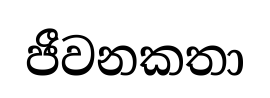
ජීවනකතා